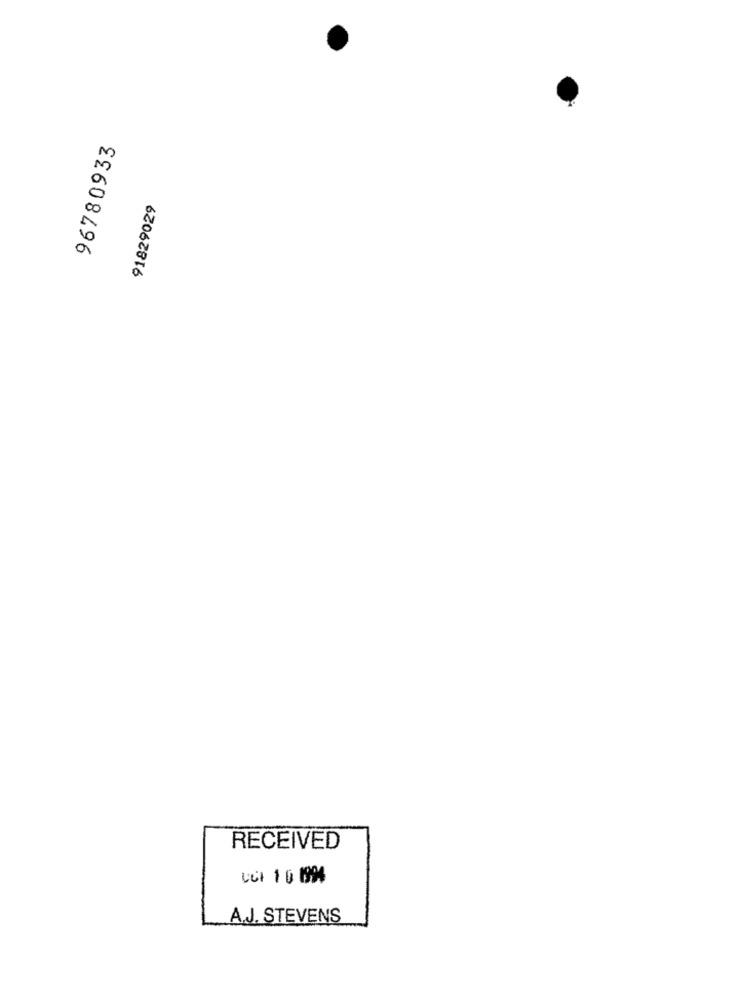
96780933
91829029
RECEIVED
Cct 10 1994
A.J. STEVENS